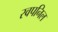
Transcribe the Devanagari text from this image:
स्वपनिल